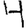
Digit: 4